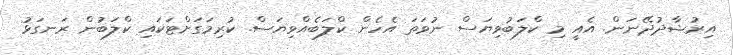
އިރުޝާދުދޭނަން. އެއީ މި ކްލަބުވިޔަސް ނުވަތަ އެހެން ކްލަބެއްވިޔަސް. ކުރިމަގަށްޓަކައި ކްލަބުން ރަނގަޅު